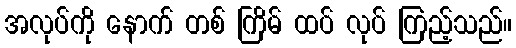
အလုပ်ကို နောက် တစ် ကြိမ် ထပ် လုပ် ကြည့်သည်။